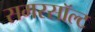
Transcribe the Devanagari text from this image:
समरसॉल्ट